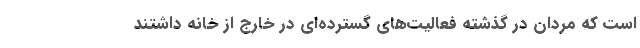
است که مردان در گذشته فعالیت‌های گسترده‌ای در خارج از خانه داشتند